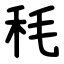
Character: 秏